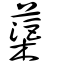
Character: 蕖